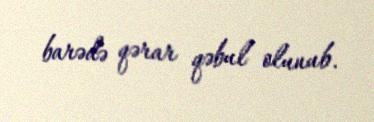
barədə qərar qəbul olunub.